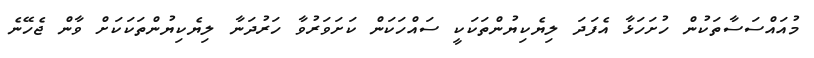
މުއައްސަސާތަކުން ހުށަހަޅާ އެފަދަ ލިޔެކިޔުންތަކަކީ ސައްހަކަން ކަށަވަރުވާ ހަރުދަނާ ލިޔެކިޔުންތަކަކަށް ވާން ޖެހޭނެ